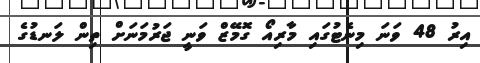
އިރު 48 ވަނަ މިނެޓުގައި މާރިއޯ ގޮމޭޒް ވަނީ ޖަރުމަނަށް ތިން ލަނޑުގެ